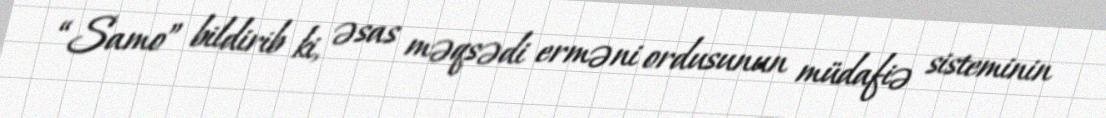
“Samo” bildirib ki, əsas məqsədi erməni ordusunun müdafiə sisteminin